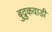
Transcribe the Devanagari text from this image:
बुद्रुकवाडी